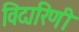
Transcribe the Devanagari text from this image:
विदारिणी